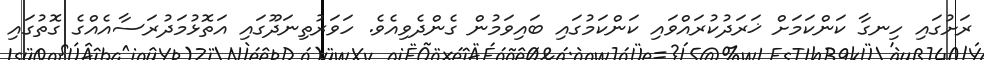
ރަށުގައި ހިނގާ ކަންކަމަށް ޚަރަދުކުރައްވައި ކަންކަމުގައި ބައިވަމުން ގެންދެވިއެވެ. ހަވަރުތިނަދޫގައި އަތޮޅުމަދުރަސާއެއްގެ ގޮތުގައި